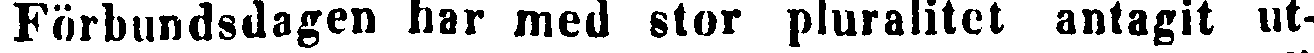
Förbundsdagen har med stor pluralitet antagit ut-